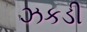
ઝકડી